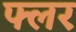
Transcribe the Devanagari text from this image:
फ्लर